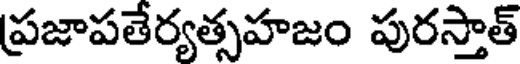
ప్రజాపతేర్యత్సహజం పురస్తాత్